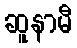
ဆူနာမီ